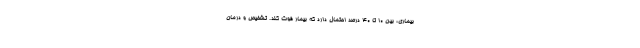
بیماری، بین ۱۰ تا ۴۰ درصد احتمال دارد که بیمار فوت کند. تشخیص و درمان